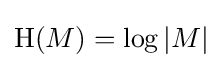
\mathrm {H} (M)=\log |M|